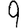
Digit: 9